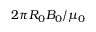
2 \pi R _ { 0 } B _ { 0 } / \mu _ { 0 }